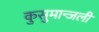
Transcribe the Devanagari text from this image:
कुसुमान्जली